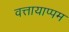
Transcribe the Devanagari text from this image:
वत्तायाप्पम